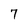
Character: 7